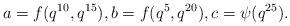
LaTeX: \begin{align*}a=f(q^{10},q^{15}), b=f(q^{5},q^{20}), c=\psi(q^{25}).\end{align*}